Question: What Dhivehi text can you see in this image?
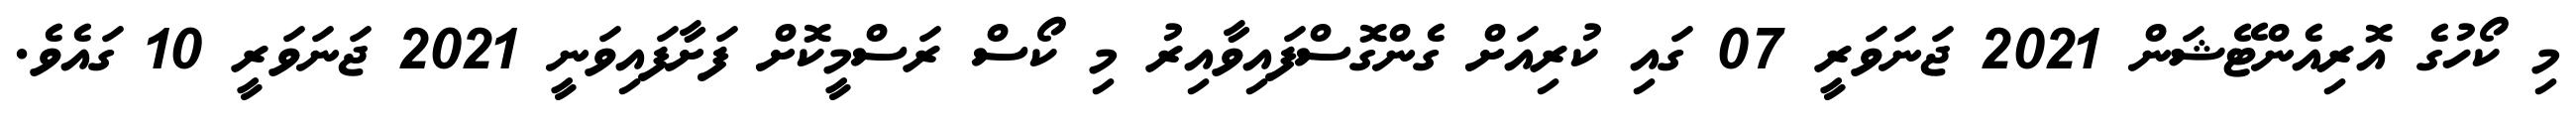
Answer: މި ކޯހުގެ އޮރިއެންޓޭޝަން 2021 ޖަނަވަރީ 07 ގައި ކުރިއަށް ގެންގޮސްފައިވާއިރު މި ކޯސް ރަސްމީކޮށް ފަށާފައިވަނީ 2021 ޖަނަވަރީ 10 ގައެވެ.